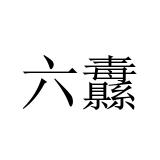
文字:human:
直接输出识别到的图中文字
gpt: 六纛